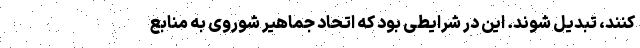
کنند، تبدیل شوند. این در شرایطی بود که اتحاد جماهیر شوروی به منابع